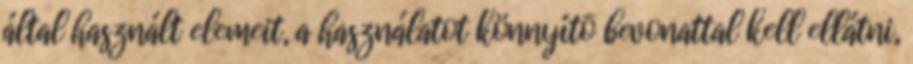
által használt elemeit, a használatot könnyítõ bevonattal kell ellátni,